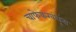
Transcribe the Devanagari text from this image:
चाफेकरबंधूंना